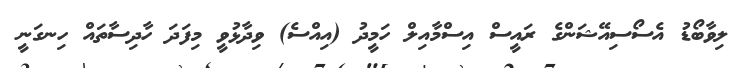
ލިވާބޯޑު އެސޯސިއޭޝަންގެ ރައީސް އިސްމާއިލް ހަމީދު (އިއްސެ) ވިދާޅުވީ މިފަދަ ހާދިސާތައް ހިނގަނީ